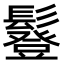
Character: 𩯇